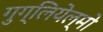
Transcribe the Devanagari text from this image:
गुग्लियेल्मो